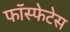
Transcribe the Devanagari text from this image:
फॉस्फेटेस